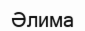
Әлима